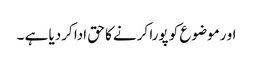
او رموضوع کو پورا کرنے کا حق ادا کردیا ہے ۔